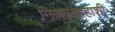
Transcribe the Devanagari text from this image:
निजामशहाशी